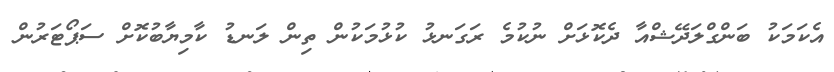
އެކަމަކު ބަންގްލަދޭޝްއާ ދެކޮޅަށް ނުކުމެ ރަގަނޅު ކުޅުމަކުން ތިން ލަނޑު ކާމިޔާބުކޮށް ސަޕޯޓަރުން